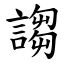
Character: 謅